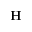
{ \bf H }